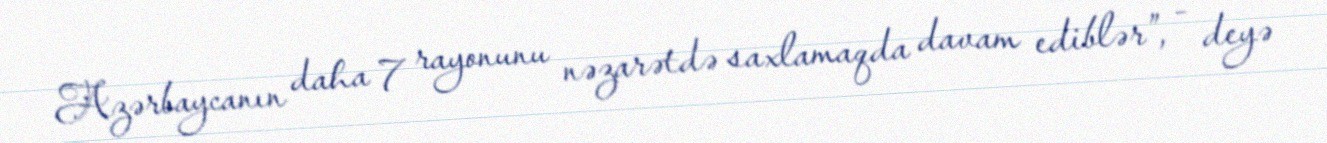
Azərbaycanın daha 7 rayonunu nəzarətdə saxlamaqda davam ediblər”, - deyə